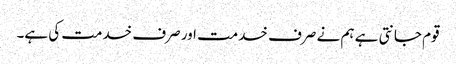
قوم جانتی ہے ہم نے صرف خدمت اور صرف خدمت کی ہے۔